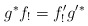
\begin{align*}g^* f_! = f'_! g'^*\end{align*}